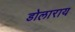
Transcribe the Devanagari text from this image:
डोलाराय